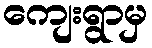
ကျေးရွာမှ